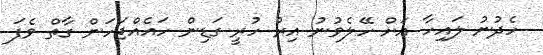
ހެދުނު ލައިހާ އަށް ހޭލެވުނު އިރު ހުރީ ގަޑިން ހައެއްޖަހަން ގާތް ވެފަ